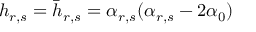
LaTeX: h _ { r , s } = \bar { h } _ { r , s } = \alpha _ { r , s } ( \alpha _ { r , s } - 2 \alpha _ { 0 } )